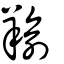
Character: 羭